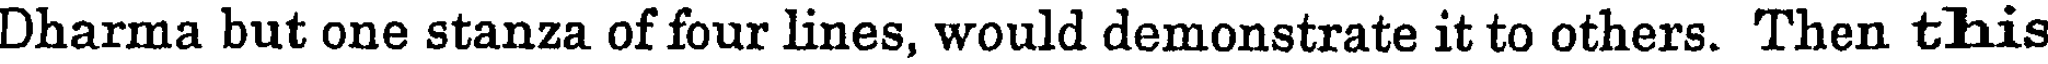
Dharma but one stanza of four lines, would demonstrate it to others. Then this